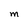
Character: M